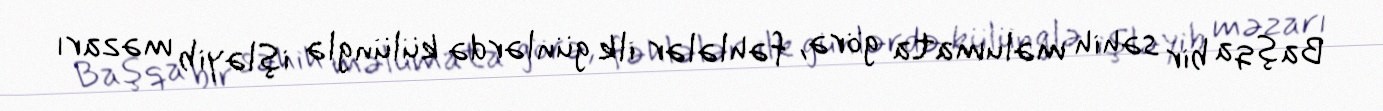
Başqa bir səhih məlumata görə, fəhlələr ilk günlərdə külünglə işləyib məzarı